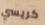
كريسي